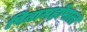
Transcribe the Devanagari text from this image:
पितामहोपात्त